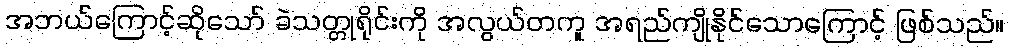
အဘယ်ကြောင့်ဆိုသော် ခဲသတ္တုရိုင်းကို အလွယ်တကူ အရည်ကျိုနိုင်သောကြောင့် ဖြစ်သည်။